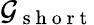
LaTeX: \mathcal{G}_{\mathrm{~s~h~o~r~t~}}